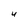
Character: U